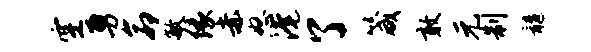
空勇命敏缘赤怒淹了箴敢元制髓